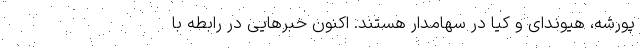
پورشه، هیوندای و کیا در سهامدار هستند. اکنون خبرهایی در رابطه با